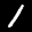
Label: 1